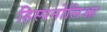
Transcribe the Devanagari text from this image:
हिस्पनोलिआ